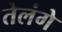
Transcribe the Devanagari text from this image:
तेलंगे